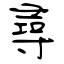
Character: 尋